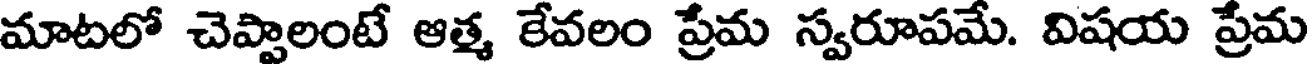
మాటలో చెప్పాలంటే ఆత్మ కేవలం ప్రేమ స్వరూపమే. విషయ ప్రేమ